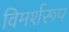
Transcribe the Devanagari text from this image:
विमर्शरूप